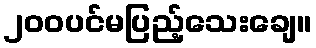
၂၀၀ပင်မပြည့်သေးချေ။